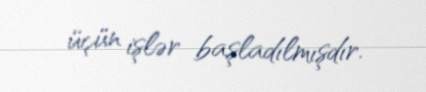
üçün işlər başladılmışdır.